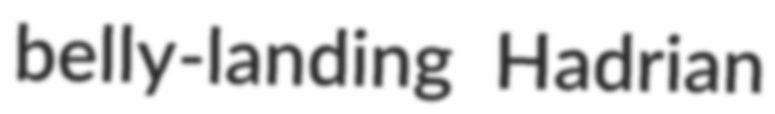
belly-landing Hadrian